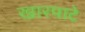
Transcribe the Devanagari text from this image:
खारपाटे